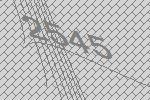
2545